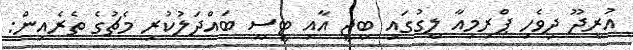
އުރީދޫ ދިވެހި ޕްރިމިއާ ލީގުގައި ބީޖީ އާއި ޓީސީ ބައްދަލުކުރި މެޗުގެ ތެރެއިން: